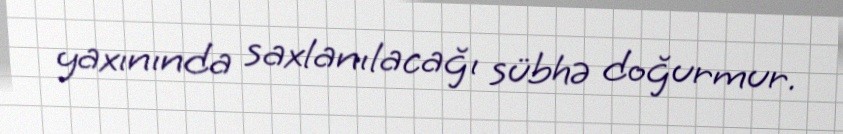
yaxınında saxlanılacağı sübhə doğurmur.